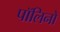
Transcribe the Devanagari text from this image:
पॉलिनो